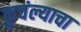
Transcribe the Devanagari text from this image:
कुचंल्याचा